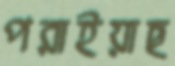
পরাইয়াছ